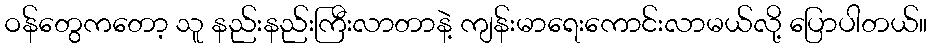
ဝန်တွေကတော့ သူ နည်းနည်းကြီးလာတာနဲ့ ကျန်းမာရေးကောင်းလာမယ်လို့ ပြောပါတယ်။